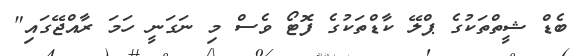
ބެޑް ޝީތްތަކުގެ ޕްލޭ ކާޑްތަކުގެ ފޮޓޯ ވެސް މި ނަގަނީ ހަމަ ރާއްޖޭގައި"